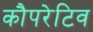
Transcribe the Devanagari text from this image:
कौपरेटिव